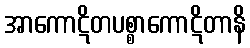
အာကောဋိတပစ္စာကောဋိတာနိ